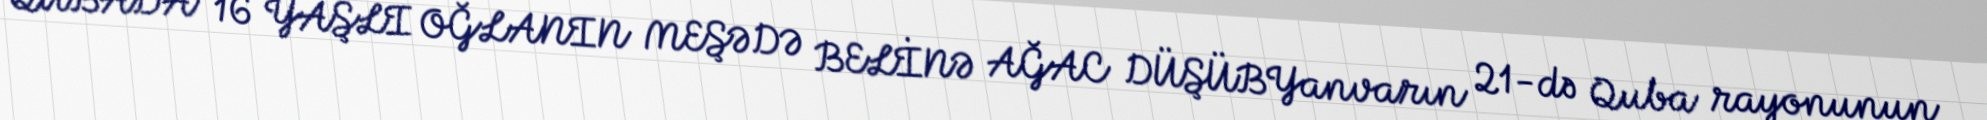
QUBADA 16 YAŞLI OĞLANIN MEŞƏDƏ BELİNƏ AĞAC DÜŞÜBYanvarın 21-də Quba rayonunun